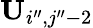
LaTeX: \mathbf{U}_{i^{\prime\prime},j^{\prime\prime}-2}